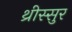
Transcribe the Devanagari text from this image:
थ्रीस्सुर